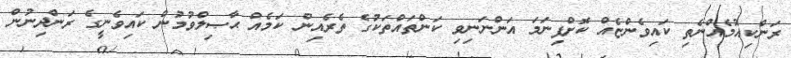
ރަންކިއުމެއްނެތި ކައިވެންޏެއް ކޮށްފިނަމަ އަންނަނިވި ކަންތައްތަކުގެ ތެރެއިން ކަމެއް ޙާޞިލްވުމުން ކައިވެނީގެ ރަންދިނުން